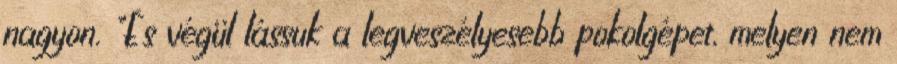
nagyon. "És végül lássuk a legveszélyesebb pokolgépet, melyen nem